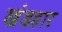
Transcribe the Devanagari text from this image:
खंडहार